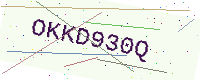
Text: OKKD930Q